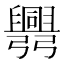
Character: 𢑅